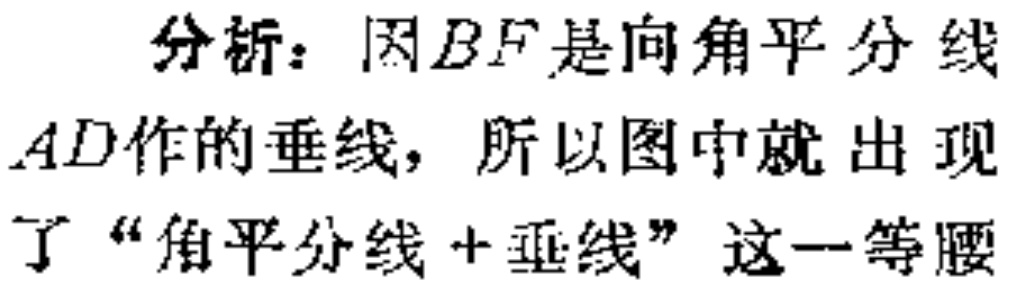
分析：因$BF$是向角平分线$AD$作的垂线，所以图中就出现了“角平分线+垂线”这一等腰